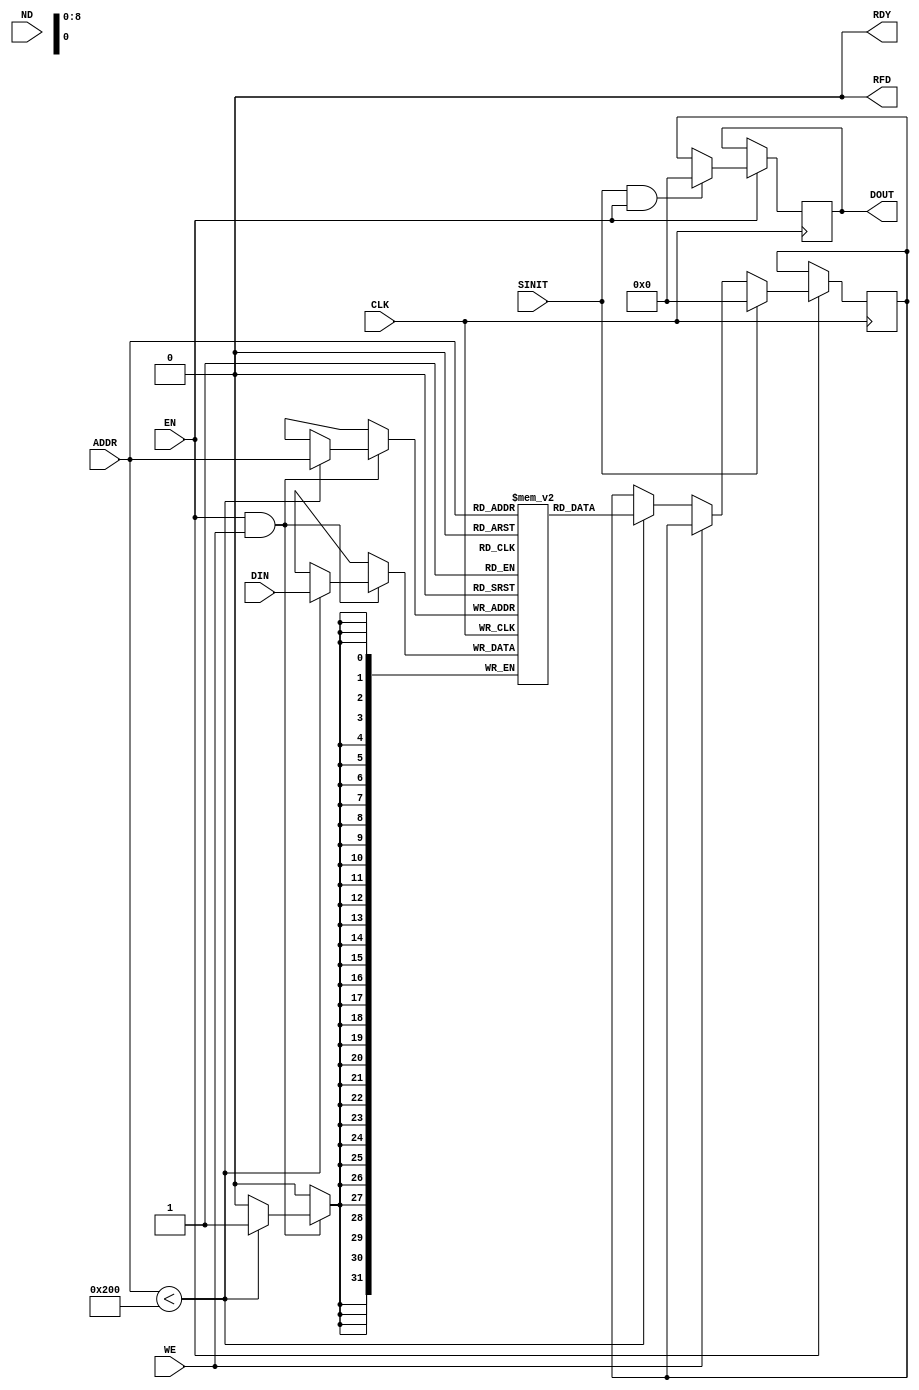
// Copyright(C) 2004 by Xilinx, Inc. All rights reserved. 
// This text/file contains proprietary, confidential 
// information of Xilinx, Inc., is distributed under license 
// from Xilinx, Inc., and may be used, copied and/or 
// disclosed only pursuant to the terms of a valid license 
// agreement with Xilinx, Inc. Xilinx hereby grants you 
// a license to use this text/file solely for design, simulation, 
// implementation and creation of design files limited 
// to Xilinx devices or technologies. Use with non-Xilinx 
// devices or technologies is expressly prohibited and 
// immediately terminates your license unless covered by 
// a separate agreement. 
// 
// Xilinx is providing this design, code, or information 
// "as is" solely for use in developing programs and 
// solutions for Xilinx devices. By providing this design, 
// code, or information as one possible implementation of 
// this feature, application or standard, Xilinx is making no 
// representation that this implementation is free from any 
// claims of infringement. You are responsible for 
// obtaining any rights you may require for your implementation. 
// Xilinx expressly disclaims any warranty whatsoever with 
// respect to the adequacy of the implementation, including 
// but not limited to any warranties or representations that this 
// implementation is free from claims of infringement, implied 
// warranties of merchantability or fitness for a particular 
// purpose. 
// 
// Xilinx products are not intended for use in life support 
// appliances, devices, or systems. Use in such applications are 
// expressly prohibited. 
// 
// This copyright and support notice must be retained as part 
// of this text at all times. (c) Copyright 1995-2004 Xilinx, Inc. 
// All rights reserved.

/*****************************************************************************
 * $RCSfile: BLKMEMSP_V6_2.v,v $
 *****************************************************************************
 * Block Memory Compiler - Verilog Behavioral Model
 *****************************************************************************
 *
 *
 *************************************************************************
 *
 * Decsription: Single Port V2 BRAM behavioral model. Extendable depth/width.
 *              The behavior for EN = `X`, WE = `X`, and for CLK transitions to
 *              or from `X` is not considered.
 *
 **************************************************************************/
`timescale 1ns/10ps

`celldefine


`define c_sp_rom 0
`define c_sp_ram 1
`define c_write_first 0
`define c_read_first  1
`define c_no_change   2

module BLKMEMSP_V6_2(DOUT,  ADDR, DIN,  EN, CLK, WE, SINIT, ND, RFD, RDY);

  parameter  c_addr_width          =  9 ; // controls address width of memory
  parameter  c_default_data        = "0"; // indicates string of hex characters used to initialize memory
  parameter  c_depth               = 512 ; // controls depth of memory
  parameter  c_enable_rlocs        = 0 ; //  core includes placement constraints
  parameter  c_has_default_data    =  1; // initializes contents of memory to c_default_data
  parameter  c_has_din             = 1  ; // indicates memory has data input pins
  parameter  c_has_en              =  1 ; // indicates memory has a EN pin
  parameter  c_has_limit_data_pitch       = 0  ; //  
  parameter  c_has_nd              = 0  ; //  Memory has a new data pin
  parameter  c_has_rdy             = 0  ; //  Memory has result ready pin
  parameter  c_has_rfd             = 0  ; //  Memory has ready for data pin
  parameter  c_has_sinit           =  1 ; // indicates memory has a SINIT pin
  parameter  c_has_we              =  1 ; // indicates memory has a WE pin
  parameter  c_limit_data_pitch           = 18;
  parameter  c_mem_init_file       =  "null.mif";  // controls which .mif file used to initialize memory
  parameter  c_pipe_stages         =  1 ; // indicates the number of pipe stages needed in port A
  parameter  c_reg_inputs          = 0 ;  // indicates WE, ADDR, and DIN are registered
  parameter  c_sinit_value         = "0000"; // indicates string of hex used to initialize  output registers
  parameter  c_width               =  32 ; // controls data width of memory
  parameter  c_write_mode          =  2; // controls which write modes shall be used
   
  parameter  c_ybottom_addr        = "1024";
  parameter  c_yclk_is_rising      = 1;
  parameter  c_yen_is_high         = 1;
  parameter  c_yhierarchy          = "hierarchy1";
  parameter  c_ymake_bmm           = 1;
  parameter  c_yprimitive_type     = "4kx4";
  parameter  c_ysinit_is_high      = 1;
  parameter  c_ytop_addr           = "0";
  parameter  c_yuse_single_primitive = 0;
  parameter  c_ywe_is_high         = 1;
 parameter   c_yydisable_warnings  = 0;
 

// IO ports


  output [c_width-1:0] DOUT;
  input [c_addr_width-1:0] ADDR;
  input [c_width-1:0] DIN;
  input EN, CLK, WE, SINIT, ND;
  output RFD, RDY;

  reg RFD ;
  reg RDY ;

  reg [c_width-1:0] dout_int; // output of RAM
  reg [c_width-1:0] pipe_out ; // output of pipeline stage
  wire [c_width-1:0] DOUT = pipe_out ;
  reg [c_width-1:0] mem [0:c_depth-1];
  reg [24:0] count;
  reg [1:0] wr_mode;

  wire [c_addr_width-1:0] addr_i = ADDR;
  reg [c_addr_width-1:0] addr_int ;
  reg [c_width-1:0] di_int ;
  wire [c_width-1:0] di_i ;
  wire clk_int ;
  wire en_int ;
  reg we_int  ;
  wire we_i ;
  reg  we_q ;
  wire ssr_int  ;
  wire nd_int ;
  wire nd_i ;
  reg rfd_int ;
  reg rdy_int ;
  reg nd_q ;
  reg [c_width-1:0] di_q ;
  reg [c_addr_width-1:0] addr_q;
  reg new_data ;
  reg new_data_q ; // to track the synchronous PORT RAM output 

  reg [c_width-1:0] default_data ;
  reg [c_width-1:0] ram_temp [0:c_depth-1];
  reg [c_width-1:0] bitval;
  reg [c_width-1:0] sinit_value;

  reg [(c_width-1) : 0] pipeline [0 : c_pipe_stages];
  reg sub_rdy[0 : c_pipe_stages];
  reg [10:0] ci, cj ;
  reg [10:0] dmi, dmj, dni, dnj, doi, doj ;
  integer i, j, k, l, m;
  integer ai, aj, ak, al, am, an, ap ;


// Generate input control signals
// Combinational 

// Take care of ROM/RAM functionality

  assign clk_int = defval(CLK, 1, 1, c_yclk_is_rising);
  assign we_i = defval(WE, c_has_we, 0, c_ywe_is_high);  
  assign di_i  = (c_has_din == 1)?DIN:'b0;
  assign en_int  = defval(EN, c_has_en, 1, c_yen_is_high);
  assign ssr_int = defval(SINIT , c_has_sinit , 0, c_ysinit_is_high);
  assign nd_i = defval (ND, c_has_nd, 1, 1);


//    tri0 GSR = glbl.GSR;

  function defval;
    input i;
    input hassig;
    input val;  
    input active_high;
  begin
    if(hassig == 1)
    begin
      if (active_high == 1)
        defval = i;
      else
        defval = ~i;
    end
    else
      defval = val;
  end
  endfunction

  function max;
    input a;  
    input b;
  begin
    max = (a > b) ? a : b;
  end
  endfunction
 
  function a_is_X;
    input [c_width-1 : 0] i;
    integer j ;
  begin
    a_is_X = 1'b0;
    for(j = 0; j < c_width; j = j + 1)
    begin
      if(i[j] === 1'bx)
        a_is_X = 1'b1;
    end // loop
  end
  endfunction


  function [c_width-1:0] hexstr_conv;
    input [(c_width*8)-1:0] def_data;

    integer index,i,j;
    reg [3:0] bin;   

  begin
    index = 0; 
    hexstr_conv = 'b0; 
    for( i=c_width-1; i>=0; i=i-1 )
    begin
      case (def_data[7:0])
        8'b00000000 :  
      begin
        bin = 4'b0000;
        i = -1;
      end
      8'b00110000 : bin = 4'b0000;
      8'b00110001 : bin = 4'b0001;
      8'b00110010 : bin = 4'b0010;
      8'b00110011 : bin = 4'b0011;
      8'b00110100 : bin = 4'b0100;
      8'b00110101 : bin = 4'b0101;
      8'b00110110 : bin = 4'b0110;
      8'b00110111 : bin = 4'b0111;
      8'b00111000 : bin = 4'b1000;
      8'b00111001 : bin = 4'b1001;
      8'b01000001 : bin = 4'b1010;
      8'b01000010 : bin = 4'b1011;
      8'b01000011 : bin = 4'b1100;
      8'b01000100 : bin = 4'b1101;
      8'b01000101 : bin = 4'b1110;
      8'b01000110 : bin = 4'b1111;
      8'b01100001 : bin = 4'b1010;
      8'b01100010 : bin = 4'b1011;
      8'b01100011 : bin = 4'b1100;
      8'b01100100 : bin = 4'b1101;
      8'b01100101 : bin = 4'b1110;
      8'b01100110 : bin = 4'b1111;
      default :
        begin
          if (c_yydisable_warnings == 0) begin
            $display("ERROR in %m at time %t : NOT A HEX CHARACTER",$time);
          end
          bin = 4'bx;
        end
      endcase
      for( j=0; j<4; j=j+1)
      begin
        if ((index*4)+j < c_width)
        begin
          hexstr_conv[(index*4)+j] = bin[j];
        end 
      end
      index = index + 1;
      def_data = def_data >> 8;
    end
  end
  endfunction

  initial begin
    sinit_value  = 'b0 ;
    default_data = hexstr_conv(c_default_data);
    if (c_has_sinit == 1 )
      sinit_value = hexstr_conv(c_sinit_value);
    for(i = 0; i < c_depth; i = i + 1)
      mem[i] = default_data;
    if (c_has_default_data == 0)
      $readmemb(c_mem_init_file, mem);
    for (k = 0; k <= c_pipe_stages; k = k + 1)
      pipeline[k] = sinit_value ;
    for (m = 0; m <= c_pipe_stages; m = m + 1)
      sub_rdy[m] = 0 ;
    dout_int = sinit_value ;
    nd_q = 0 ;
    new_data_q = 0 ;
    di_q = 0 ;
    addr_q = 0 ;
    we_q = 0 ;
    #1 pipe_out = sinit_value;
  end

//  Generate output control signals RFD and  RDY 
//  Combinational

    always @ ( rfd_int)
    begin
      if (c_has_rfd == 1) 
        RFD = rfd_int ;
      else
        RFD = 1'b0 ;
    end

    always @ (en_int )
    begin
      if (en_int == 1'b1)
        rfd_int = 1'b1 ;
      else
        rfd_int = 1'b0 ;
    end

    always @ (  rdy_int )
    begin
      if ((c_has_rdy == 1) && (c_has_nd == 1) && (c_has_rfd == 1) )
        RDY = rdy_int ;
      else
        RDY = 1'b0 ;
    end

    assign nd_int = en_int && nd_i ; // only pass nd through if en is 1 

// Register hanshaking inputs

    always @(posedge clk_int )
    begin
      if (en_int == 1'b1)
      begin
        if (ssr_int == 1'b1)
          nd_q <= 1'b0 ;
        else
          nd_q   <= nd_int;
        end
      else
        nd_q   <= nd_q ;
    end
// Register data / address / data inputs

  always @(posedge clk_int )
  begin
    if (en_int == 1'b1)
      begin
        di_q  <= di_i ;
        addr_q <= addr_i ;
        we_q <= we_i ;
      end
  end

// select registered or non-registered write enable

  always @( we_i or we_q)
  begin
    if (c_reg_inputs == 1 )
      we_int = we_q ;
     else
      we_int = we_i ;
  end

// select registered data/address/nd inputs

  always @( di_i or di_q)
  begin
    if ( c_reg_inputs == 1)
      di_int = di_q ;
    else
      di_int = di_i ;
  end

  always @( addr_i or addr_q or nd_q or nd_int or we_q or we_i)
  begin
    if (c_reg_inputs == 1)
      begin
        addr_int = addr_q;
        if ((we_q == 1'b1) && (c_write_mode == 2))
          new_data = 1'b0 ;
       	else     
          new_data = nd_q ;
      end
    else
      begin
        addr_int = addr_i ;
        if ((we_i == 1'b1) && (c_write_mode == 2))
          new_data = 1'b0 ;
       	else        
          new_data = nd_int ;
      end
  end

// Register the new_data signal to track the synchronous RAM output

  always @(posedge clk_int)
  begin
    if ( en_int == 1'b1 )
      begin
       if (ssr_int == 1'b1)
          new_data_q <= 0 ;
       else
          new_data_q <= new_data ;
      end
  end

   initial begin
     case (c_write_mode)
       `c_write_first : wr_mode <= 2'b00;
       `c_read_first  : wr_mode <= 2'b01;
       `c_no_change   : wr_mode <= 2'b10;
       default        : begin
         if (c_yydisable_warnings == 0) begin
	   $display("Error in %m at time %t: c_write_mode = %s is not WRITE_FIRST, READ_FIRST or NO_CHANGE.",$time , c_write_mode);
         end
	 $finish;
       end
     endcase
   end


    /***************************************************************
    *The following always block assigns the value for the DOUT bus
    ***************************************************************/   
   always @(posedge clk_int) begin
     if (en_int == 1'b1) begin
       if (ssr_int == 1'b1) begin
           dout_int <= sinit_value;
       end
       else begin
	 //The following IF block assigns the output for a write operation
         if (we_int == 1'b1) begin
           if (wr_mode == 2'b00) begin
             if (addr_int < c_depth) 
                 dout_int <= di_int;
             else
	       //Warning Condition (Error occurs on rising edge of CLK): 
	       //Write Mode Port is "Write First" and EN = 1 and SINIT = 0 and WE = 1 and ADDR out of the valid range
               if (c_yydisable_warnings == 0) begin
	         $display("Invalid Address Warning #1: Warning in %m at time %t: Block memory address %d (%b) invalid. Valid depth configured as 0 to %d",$time,addr_int,addr_int,c_depth-1);    
               end
           end
           else if (wr_mode == 2'b01) begin
             if (addr_int < c_depth) 
               dout_int <= mem[addr_int];
             else
	       //Warning Condition (Error occurs on rising edge of CLK): 
	       //Write Mode Port is "Read First" and EN = 1 and SINIT = 0 and WE = 1 and ADDR out of the valid range
              if (c_yydisable_warnings == 0) begin
	        $display("Invalid Address Warning #2: Warning in %m at time %t: Block memory address %d (%b) invalid. Valid depth configured as 0 to %d",$time,addr_int,addr_int,c_depth-1);
              end
           end
           else begin
             if (addr_int < c_depth) 
               dout_int <= dout_int ;
             else
	      //Warning Condition (Error occurs on rising edge of CLK): 
	       //Write Mode Port is "No Change" and EN = 1 and SINIT = 0 and WE = 1 and ADDR out of the valid range
              if (c_yydisable_warnings == 0) begin
	        $display("Invalid Address Warning #3: Warning in %m at time %t: Block memory address %d (%b) invalid. Valid depth configured as 0 to %d",$time,addr_int,addr_int,c_depth-1);
              end
           end
	 end
	 //The following ELSE block assigns the output for a read operation
	 else begin
           if (addr_int < c_depth) 
             dout_int <= mem[addr_int];
           else
             //Warning Condition (Error occurs on rising edge of CLK): 
	     //EN = 1 and SINIT = 0 and WE = 0 and ADDRA out of the valid range 
            if (c_yydisable_warnings == 0) begin
	      $display("Invalid Address Warning #4: Warning in %m at time %t: Block memory address %d (%b) invalid. Valid depth configured as 0 to %d",$time,addr_int,addr_int,c_depth-1);
            end
	 end
       end
     end
   end


// Write to memory contents
    /***************************************************************************************
    *The following always block assigns the DIN bus to the memory during a write operation
    ***************************************************************************************/ 
   always @(posedge clk_int) begin
     if (en_int == 1'b1 && we_int == 1'b1) begin
       if (addr_int < c_depth) 
         mem [addr_int] <= di_int ;
       else
	 //Warning Condition (Error occurs on rising edge of CLK): 
	 //EN = 1 and WE = 1 and ADDR out of the valid range
        if (c_yydisable_warnings == 0) begin
	  $display("Invalid Address Warning #5: Warning in %m at time %t: Block memory address %d (%b) invalid. Valid depth configured as 0 to %d",$time,addr_int,addr_int,c_depth-1);
        end
     end
   end

//  output pipelines 
 
   always @(posedge clk_int) begin
      if (en_int == 1'b1 && c_pipe_stages > 0)
	begin
           for (i = c_pipe_stages; i >= 1; i = i -1 )
             begin
		if (ssr_int == 1'b1 && en_int == 1'b1)
		  begin
		     pipeline[i] <= sinit_value ;
		     sub_rdy[i] <=  0 ;
		  end
		else
		  begin
                    // Do not update output register if no_change on write and
                    // WE = 1
//                    if (!(c_write_mode == 2 && we_int == 1)) begin
                      if (i==1)
                        begin
                          pipeline[i] <= dout_int;
                        end
                      else
                        begin
                          pipeline[i] <= pipeline[i-1] ;
                        end
//                    end // if (!(c_write_mode == 2 && we_int == 1))
                    if (i==1)
                      begin
                        sub_rdy[i]  <= new_data_q;
                      end
                    else
                      begin
                        sub_rdy[i]  <= sub_rdy[i-1] ;
                      end                    
                  end
             end
        end
    end

// Select pipelined data output or no-pipelined data output
 
   always @( pipeline[c_pipe_stages] or sub_rdy[c_pipe_stages] or new_data_q or dout_int) begin
     if (c_pipe_stages == 0 )
     begin
       pipe_out = dout_int ;
       rdy_int = new_data_q ;
     end
     else
     begin
       rdy_int = sub_rdy[c_pipe_stages];
       pipe_out = pipeline[c_pipe_stages];
     end
   end

endmodule

`endcelldefine